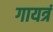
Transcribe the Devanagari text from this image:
गायत्रं